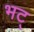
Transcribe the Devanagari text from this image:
भट्